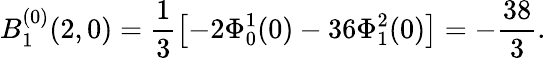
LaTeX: B_{1}^{(0)}(2,0)=\frac{1}{3}\left[-2\Phi_{0}^{1}(0)-36\Phi_{1}^{2}(0)\right]=-\frac{38}{3}.